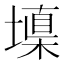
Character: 𰊧